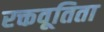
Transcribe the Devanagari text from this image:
रक्तवूतिता